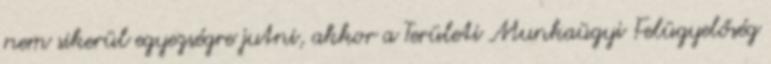
nem sikerül egyezségre jutni, akkor a Területi Munkaügyi Felügyelőség